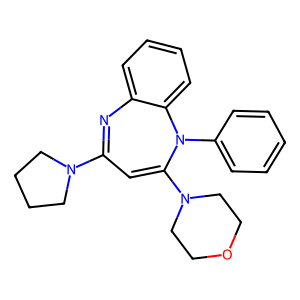
SMILES: C1=C(N2CCOCC2)N(c2ccccc2)c2ccccc2N=C1N1CCCC1
Inhibits HIV replication: No